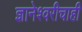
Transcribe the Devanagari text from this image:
ज्ञानेश्वरीचाही